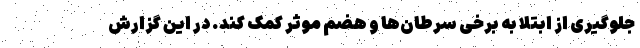
جلوگیری از ابتلا به برخی سرطان‌ها و هضم موثر کمک کند. در این گزارش